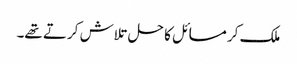
ملک کر مسائل کا حل تلاش کرتے تھے۔